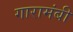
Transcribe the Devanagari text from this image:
गारामंबी